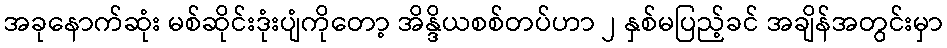
အခုနောက်ဆုံး မစ်ဆိုင်းဒုံးပျံကိုတော့ အိန္ဒိယစစ်တပ်ဟာ ၂ နှစ်မပြည့်ခင် အချိန်အတွင်းမှာ